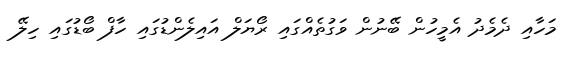
މަހާއި ދެމެދު އެމީހުން ބޭނުން ވަގުތެއްގައި ރޯޔަލް އައިލެންޑުގައި ހާފް ބޯޑުގައި ހިލޭ